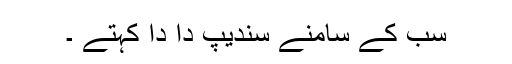
سب کے سامنے سندیپ دا دا کہتے ۔